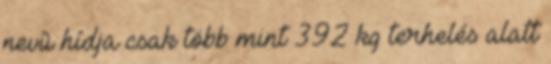
nevû hídja csak több mint 392 kg terhelés alatt